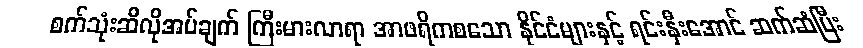
စက်သုံးဆီလိုအပ်ချက် ကြီးမားလာရာ အာဖရိကစသော နိုင်ငံများနှင့် ရင်းနှီးအောင် ဆက်ဆံပြီး